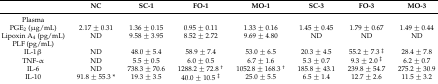
|  | NC | SC-1 | FO-1 | MO-1 | SC-3 | FO-3 | MO-3 |
 | --- | --- | --- | --- | --- | --- | --- | --- |
 | Plasma |  |  |  |  |  |  |  |
 | PGE2 (μg/mL) | 2.17 ± 0.31 | 1.36 ± 0.15 | 0.95 ± 0.11 | 1.33 ± 0.16 | 1.45 ± 0.45 | 1.79 ± 0.67 | 1.49 ± 0.44 |
 | Lipoxin A4 (pg/mL) | ND | 9.58 ± 3.95 | 8.52 ± 2.72 | 9.69 ± 4.80 | ND | ND | ND |
 | PLF (pg/mL) |  |  |  |  |  |  |  |
 | IL-1β | ND | 48.0 ± 5.4 | 58.9 ± 7.4 | 53.0 ± 6.5 | 20.3 ± 4.5 | 55.2 ± 7.3 ‡ | 28.4 ± 7.8 |
 | TNF-α | ND | 5.5 ± 0.5 | 6.0 ± 0.5 | 6.7 ± 1.6 | 5.3 ± 0.7 | 9.3 ± 2.0 ‡ | 6.2 ± 0.7 |
 | IL-6 | ND | 738.3 ± 70.6 | 1288.2 ± 72.8 † | 1052.8 ± 168.3 † | 185.8 ± 43.1 | 239.8 ± 54.7 | 275.2 ± 30.9 |
 | IL-10 | 91.8 ± 55.3 * | 19.3 ± 3.5 | 40.0 ± 10.5 ‡ | 25.0 ± 5.5 | 6.5 ± 1.4 | 12.7 ± 2.6 | 11.5 ± 3.2 |